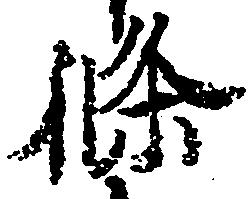
条